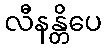
လီနန္တိပေ